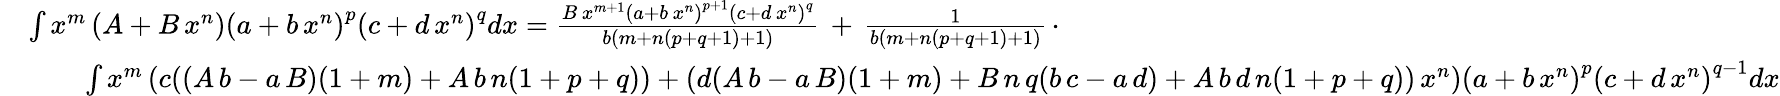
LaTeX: {\begin{array}{rl}&{\int x^{m}\left(A+B\, x^{n}\right)\left(a+b\, x^{n}\right)^{p}\left(c+d\, x^{n}\right)^{q}dx={\frac{B\, x^{m+1}\left(a+b\, x^{n}\right)^{p+1}\left(c+d\, x^{n}\right)^{q}}{b(m+n(p+q+1)+1)}}\, +\, {\frac{1}{b(m+n(p+q+1)+1)}}\, \cdot}\\ &{\qquad\int x^{m}\left(c((A\, b-a\, B)(1+m)+A\, b\, n(1+p+q))+(d(A\, b-a\, B)(1+m)+B\, n\, q(b\, c-a\, d)+A\, b\, d\, n(1+p+q))\, x^{n}\right)\left(a+b\, x^{n}\right)^{p}\left(c+d\, x^{n}\right)^{q-1}dx}\end{array}}